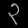
Digit: ၃